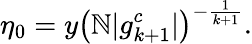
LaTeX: \eta_{0}=y\left(\mathbb{N}|g_{k+1}^{c}|\right)^{-\frac{{1}}{{k+1}}}.